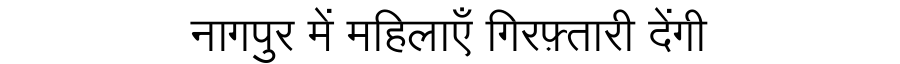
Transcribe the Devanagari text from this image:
नागपुर में महिलाएँ गिरफ़्तारी देंगी